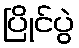
ပြိုင်ပွဲ